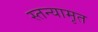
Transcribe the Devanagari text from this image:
स्तन्यामृत